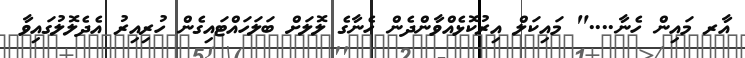
އާރ މައިން ހެނާ...." މައިކަލް އިރުކޮޅެއްވާންދެން ހެނާގެ ލޮލަށް ބަލަހައްޓައިގެން ހުރިއިރު އެދެލޮލުގައިވާ